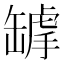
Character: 𦉌